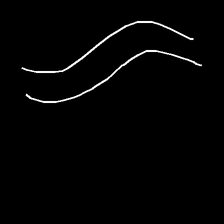
Glyph: float